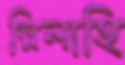
ল্লিলাহি